Document type: Oath
Year: 1447
Scribe: Pere Figuerola
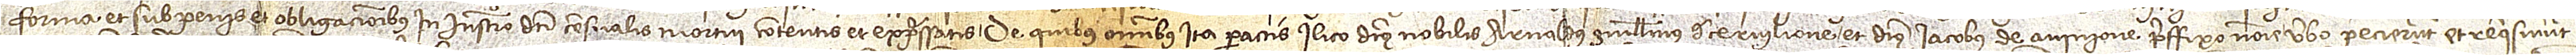
forma et sub penis et obligacionibus in instrumento dicti censualis mortui contentis et expressatis, de quibus omnibus ita peractis ilico dictus nobilis Arnaldus Guillelmus de Cervilione et dictus Iacobus de Avinione preffixo nomine verbo pecierunt et requisiverunt